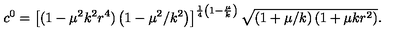
c ^ { 0 } = \left[ ( 1 - \mu ^ { 2 } k ^ { 2 } r ^ { 4 } ) \left( 1 - \mu ^ { 2 } / k ^ { 2 } \right) \right] ^ { \frac { 1 } { 4 } \left( 1 - \frac { \mu } { k } \right) } \sqrt { \left( 1 + \mu / k \right) ( 1 + \mu k r ^ { 2 } ) } .